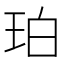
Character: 珀